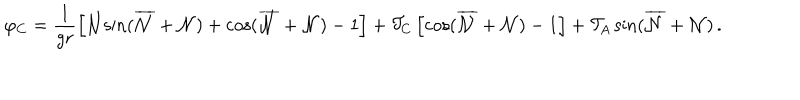
\varphi _ { C } = \frac { 1 } { g r } \left[ { \cal { N } } { \sin } ( \overline { { { \cal { N } } } } + { \cal { N } } ) + { \cos } ( \overline { { { \cal { N } } } } + { \cal { N } } ) - 1 \right] + { \cal T } _ { C } \left[ { \cos } ( \overline { { { \cal { N } } } } + { \cal { N } } ) - 1 \right] + { \cal T } _ { A } \, { \sin } ( \overline { { { \cal { N } } } } + { \cal { N } } ) \, .